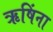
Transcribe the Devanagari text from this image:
ऋषिंना